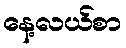
နေ့လယ်စာ